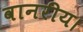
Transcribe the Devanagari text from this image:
वानरीय।